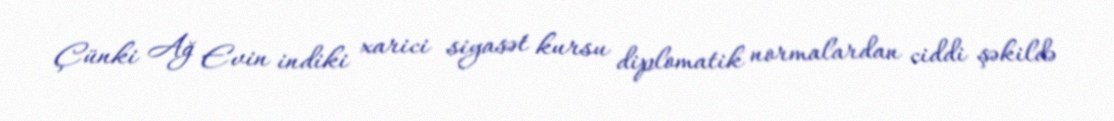
Çünki Ağ Evin indiki xarici siyasət kursu diplomatik normalardan ciddi şəkildə